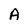
Character: A